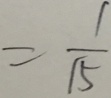
= \frac { 1 } { 1 5 }